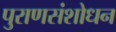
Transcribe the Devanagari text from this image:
पुराणसंशोधन